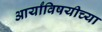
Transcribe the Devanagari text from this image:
आर्यांविषयीच्या